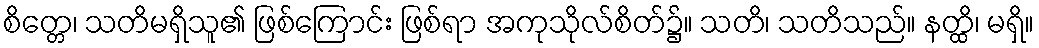
စိတ္တေ၊ သတိမရှိသူ၏ ဖြစ်ကြောင်း ဖြစ်ရာ အကုသိုလ်စိတ်၌။ သတိ၊ သတိသည်။ နတ္ထိ၊ မရှိ။